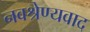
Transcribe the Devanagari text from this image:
नवश्रेण्यवाद